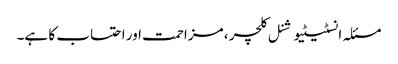
مسئلہ انسٹیٹیوشنل کلچر ، مزاحمت اور احتساب کا ہے۔